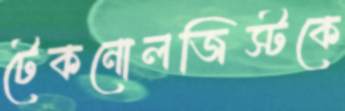
টেকনোলজিস্টকে